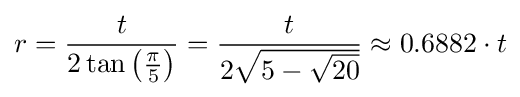
r={\frac {t}{2\tan {\mathord {\left({\frac {\pi }{5}}\right)}}}}={\frac {t}{2{\sqrt {5-{\sqrt {20}}}}}}\approx 0.6882\cdot t